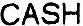
CASH